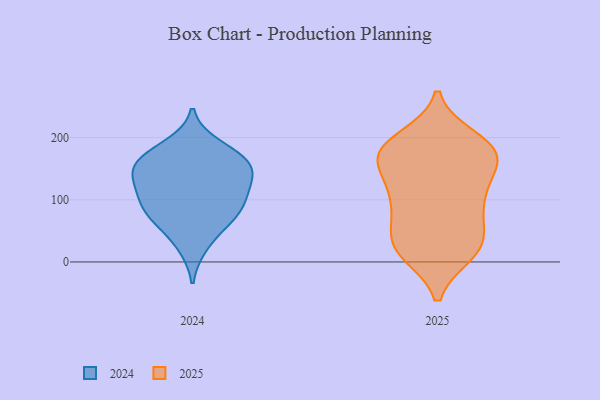
{"axis": {"x": "Latency (ms)", "y": "Value"}, "legend": ["2024", "2025"], "data": [{"x": "", "y": 71, "type": "2024"}, {"x": "", "y": 162, "type": "2024"}, {"x": "", "y": 114, "type": "2024"}, {"x": "", "y": 187, "type": "2024"}, {"x": "", "y": 139, "type": "2024"}, {"x": "", "y": 131, "type": "2024"}, {"x": "", "y": 155, "type": "2024"}, {"x": "", "y": 25, "type": "2024"}, {"x": "", "y": 62, "type": "2024"}, {"x": "", "y": 171, "type": "2024"}, {"x": "", "y": 108, "type": "2024"}, {"x": "", "y": 87, "type": "2024"}, {"x": "", "y": 155, "type": "2024"}, {"x": "", "y": 86, "type": "2024"}, {"x": "", "y": 197, "type": "2025"}, {"x": "", "y": 135, "type": "2025"}, {"x": "", "y": 82, "type": "2025"}, {"x": "", "y": 175, "type": "2025"}, {"x": "", "y": 16, "type": "2025"}, {"x": "", "y": 105, "type": "2025"}, {"x": "", "y": 123, "type": "2025"}, {"x": "", "y": 22, "type": "2025"}, {"x": "", "y": 173, "type": "2025"}, {"x": "", "y": 180, "type": "2025"}, {"x": "", "y": 34, "type": "2025"}, {"x": "", "y": 15, "type": "2025"}, {"x": "", "y": 93, "type": "2025"}, {"x": "", "y": 33, "type": "2025"}, {"x": "", "y": 91, "type": "2025"}, {"x": "", "y": 172, "type": "2025"}, {"x": "", "y": 180, "type": "2025"}, {"x": "", "y": 163, "type": "2025"}, {"x": "", "y": 34, "type": "2025"}, {"x": "", "y": 183, "type": "2025"}]}